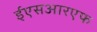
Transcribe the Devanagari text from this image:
ईएसआरएफ